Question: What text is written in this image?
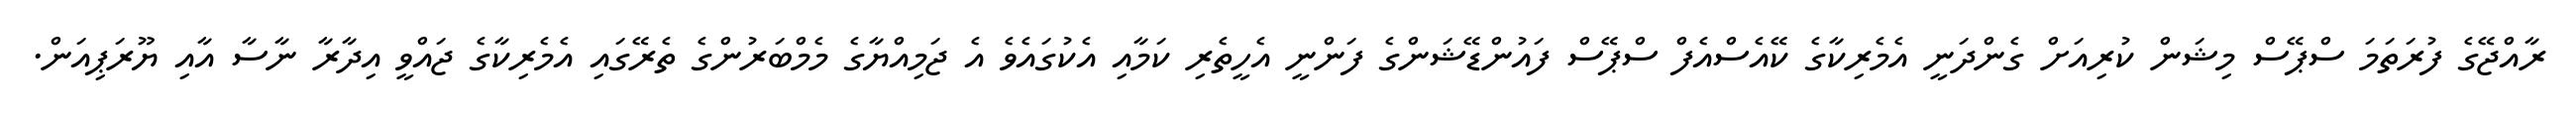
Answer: ރާއްޖޭގެ ފުރަތަމަ ސްޕޭސް މިޝަން ކުރިއަށް ގެންދަނީ އެމެރިކާގެ ކޭއެސްއެފް ސްޕޭސް ފައުންޑޭޝަންގެ ފަންނީ އެހީތެރި ކަމާއި އެކުގައެވެ އެ ޖަމިއްޔާގެ މެމްބަރުންގެ ތެރޭގައި އެމެރިކާގެ ޖައްވީ އިދާރާ ނާސާ އާއި ޔޫރަޕިއަން.